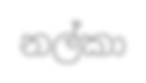
නල්කා